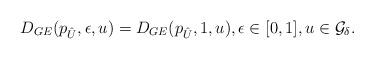
LaTeX: \begin{align*}&D_{GE}(p_{\hat{U}},\epsilon,u)=D_{GE}(p_{\hat{U}},1,u),\epsilon\in[0,1], u\in\mathcal{G}_{\delta}.\end{align*}